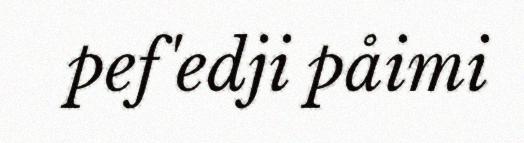
pef'edji påimi